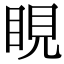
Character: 睍